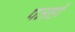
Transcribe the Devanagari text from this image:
पताही